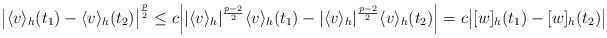
\begin{align*}\big|\langle v \rangle_h (t_1)-\langle v \rangle_h(t_2)\big|^{\frac{p}{2}} \leq c \Big||\langle v \rangle_h|^{\frac{p-2}{2}}\langle v \rangle_h(t_1)-|\langle v \rangle_h|^{\frac{p-2}{2}}\langle v \rangle_h(t_2)\Big|=c\big|[w]_h(t_1)-[w]_h(t_2)\big|\end{align*}